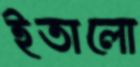
ইতালো